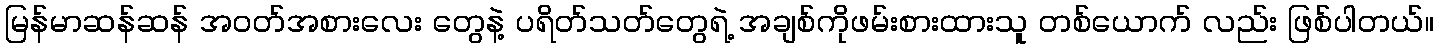
မြန်မာဆန်ဆန် အဝတ်အစားလေး တွေနဲ့ ပရိတ်သတ်တွေရဲ့ အချစ်ကိုဖမ်းစားထားသူ တစ်ယောက် လည်း ဖြစ်ပါတယ်။